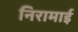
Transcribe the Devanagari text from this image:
निरामाई